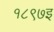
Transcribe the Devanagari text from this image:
१८९७इ